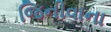
જિનીવાના